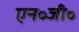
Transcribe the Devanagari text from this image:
एन॰जी॰